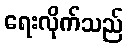
ရေးလိုက်သည်